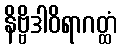
နိဗ္ဗိဒါဝိရာဂတ္ထံ